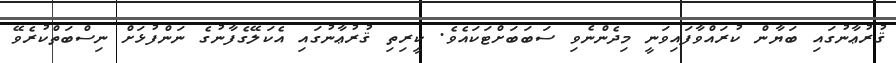
ޤުރުޢާނުގައި ބަޔާން ކުރައްވާފައިވަނީ މިދެންނެވި ސަބަބަށްޓަކައެވެ. ކީރިތި ޤުރުޢާނުގައި އެކަލޭގެފާނުގެ ނަންފުޅަށް ނިސްބަތްކުރެވޭ